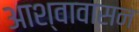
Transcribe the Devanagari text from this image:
आश्वावासन